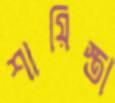
শায়িস্তা